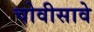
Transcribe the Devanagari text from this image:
चोवीसावे